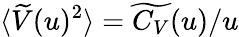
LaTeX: \langle\widetilde{V}(u)^{2}\rangle=\widetilde{C_{V}}(u)/u